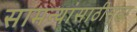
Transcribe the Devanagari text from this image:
सामन्यांसाठीसुद्धा